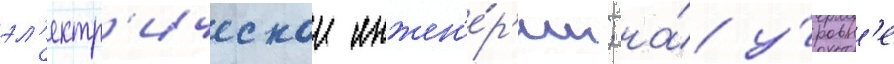
эл'ектр'ическои инжен'е́р'ии; на́ у́ровн'е